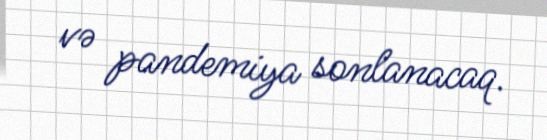
və pandemiya sonlanacaq.